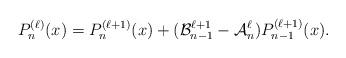
LaTeX: \begin{align*}P_n^{(\ell)}(x)=P_n^{(\ell+1)}(x)+(\mathcal{B}_{n-1}^{\ell+1}-\mathcal{A}_n^\ell)P_{n-1}^{(\ell+1)}(x).\end{align*}